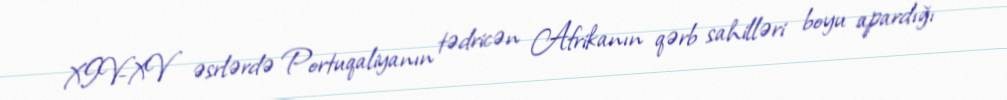
XIV-XV əsrlərdə Portuqaliyanın tədricən Afrikanın qərb sahilləri boyu apardığı